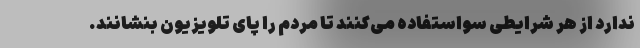
ندارد از هر شرایطی سواستفاده می‌کنند تا مردم را پای تلویزیون بنشانند.